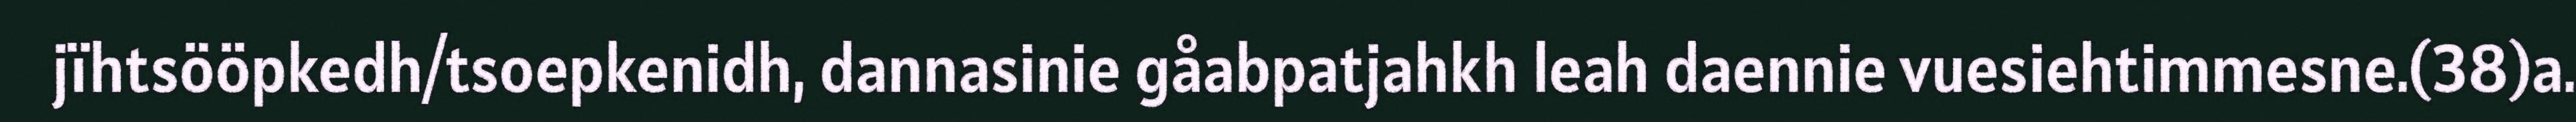
jïhtsööpkedh/tsoepkenidh, dannasinie gåabpatjahkh leah daennie vuesiehtimmesne.(38)a.